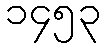
၁၄၅၃